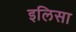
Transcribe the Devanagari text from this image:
इलिसा